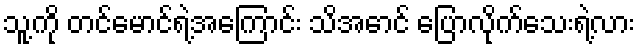
သူ့ကို တင်မောင်ရဲ့အကြောင်း သိအောင် ပြောလိုက်သေးရဲ့လား